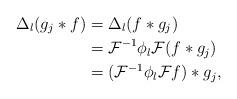
LaTeX: \begin{align*} \Delta_l(g_j \ast f) & = \Delta_l(f \ast g_j) \\ & = \mathcal{F}^{-1} \phi_l \mathcal{F}(f \ast g_j) \\& = (\mathcal{F}^{-1} \phi_l \mathcal{F}f) \ast g_j, \end{align*}